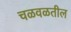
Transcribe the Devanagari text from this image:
चळवळतील